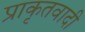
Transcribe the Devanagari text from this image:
प्राकृतवादी